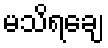
မသိရချေ